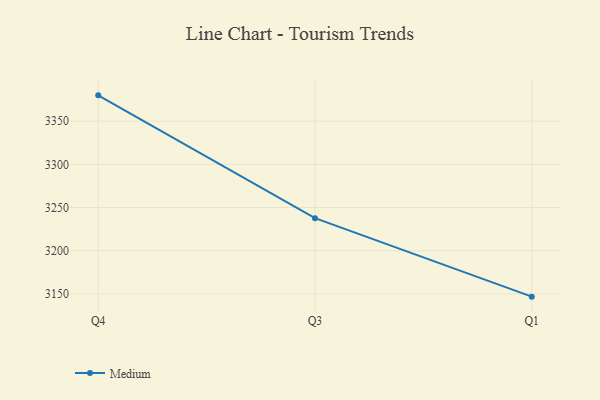
{"axis": {"x": "Quarter", "y": "LTV (USD)"}, "legend": ["Medium"], "data": [{"x": "Q4", "y": 3379.9, "type": "Medium"}, {"x": "Q3", "y": 3237.7, "type": "Medium"}, {"x": "Q1", "y": 3146.8, "type": "Medium"}]}